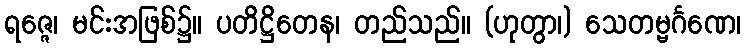
ရဇ္ဇေ၊ မင်းအဖြစ်၌။ ပတိဋ္ဌိတေန၊ တည်သည်။ (ဟုတွာ၊) သေတမ္ဗင်္ဂဏေ၊